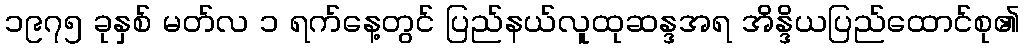
၁၉၇၅ ခုနှစ် မတ်လ ၁ ရက်နေ့တွင် ပြည်နယ်လူထုဆန္ဒအရ အိန္ဒိယပြည်ထောင်စု၏